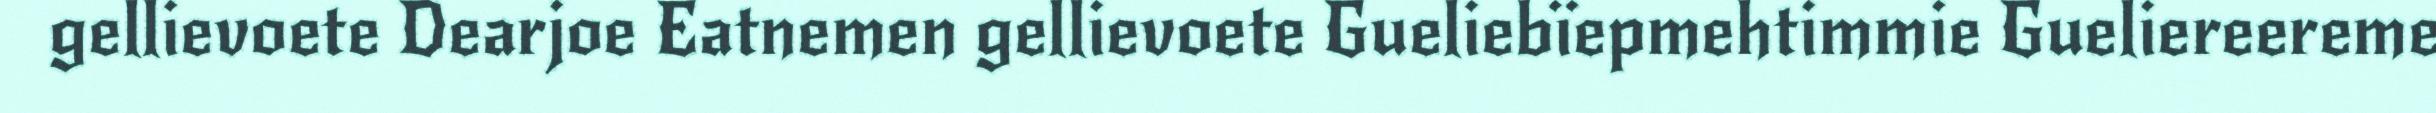
gellievoete Dearjoe Eatnemen gellievoete Gueliebïepmehtimmie Gueliereereme